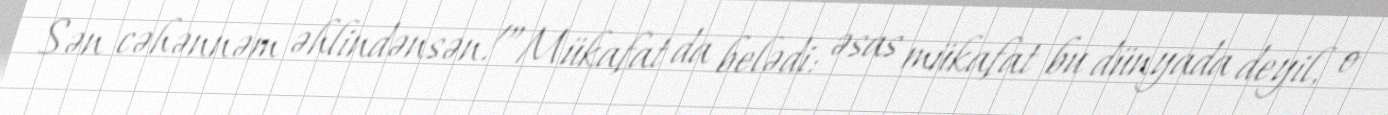
Sən cəhənnəm əhlindənsən!”Mükafat da belədi: əsas mükafat bu dünyada deyil, o